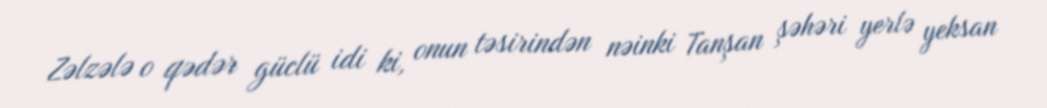
Zəlzələ o qədər güclü idi ki, onun təsirindən nəinki Tanşan şəhəri yerlə yeksan